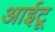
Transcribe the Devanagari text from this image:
आईटू